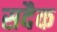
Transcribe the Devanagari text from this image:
सदैक